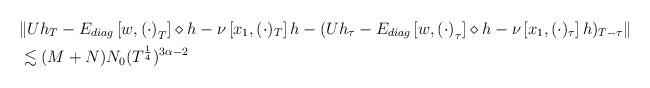
LaTeX: \begin{align*}& \| U h_T - E_{diag} \left[ w , \left(\cdot\right)_T \right] \diamond h - \nu \left[x_1, (\cdot)_T \right] h - ( U h_{\tau} - E_{diag} \left[ w , \left(\cdot\right)_{\tau} \right] \diamond h - \nu \left[x_1, (\cdot)_{\tau} \right] h)_{T - \tau} \|\\& \lesssim (M + N) N_0 (T^{\frac{1}{4}})^{3 \alpha -2}\end{align*}